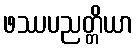
ဖဿပညတ္တိယာ